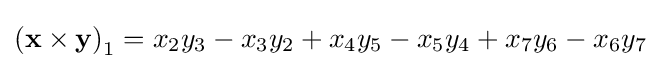
\left(\mathbf {x\times y} \right)_{1}=x_{2}y_{3}-x_{3}y_{2}+x_{4}y_{5}-x_{5}y_{4}+x_{7}y_{6}-x_{6}y_{7}